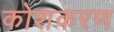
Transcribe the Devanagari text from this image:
कोशकरण